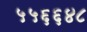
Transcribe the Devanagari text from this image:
५५६६४८